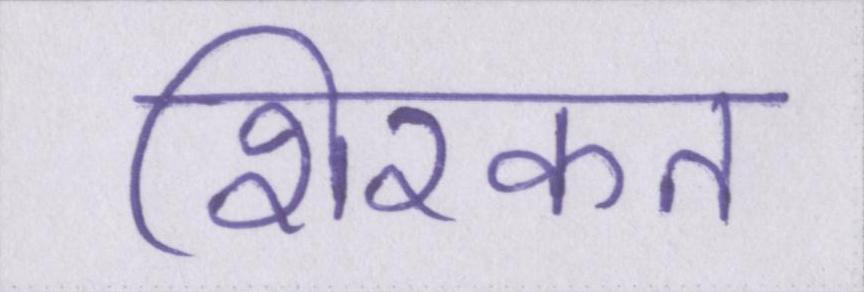
शिरकत